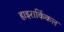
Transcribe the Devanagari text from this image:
हाइरार्किकल